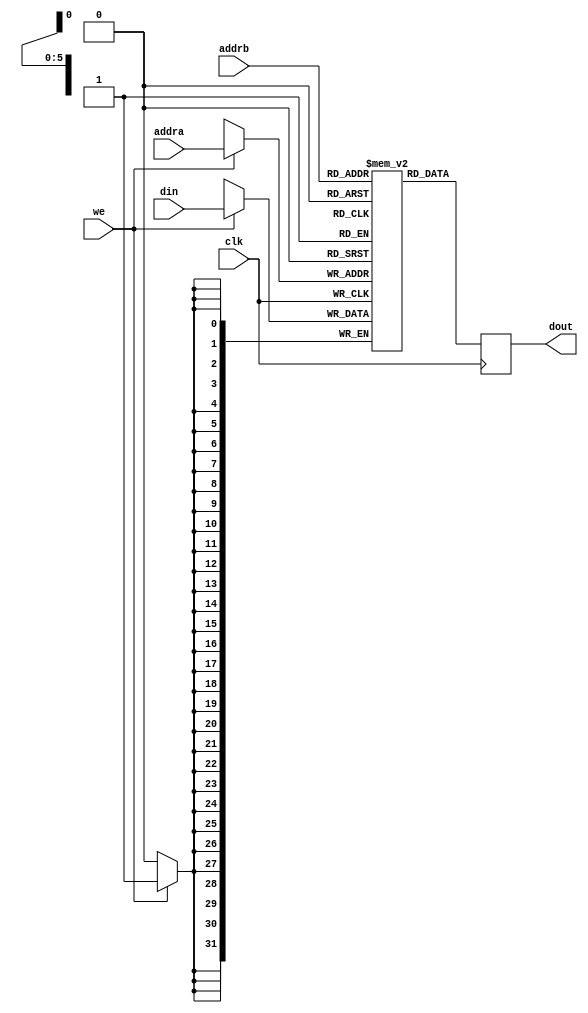
module Uart_Bram #(
    parameter DATA_WIDTH=32,
              MEM_DEPTH=64
)(
    input clk,
    input we,
    input [DATA_WIDTH-1:0] din,//write data in
    input [$clog2(MEM_DEPTH)-1:0] addra,//port for write
    input [$clog2(MEM_DEPTH)-1:0] addrb,//port for read
    output reg [DATA_WIDTH-1:0] dout//read out port output regitered
);
    (* ram_style = "block" *) reg [DATA_WIDTH-1:0] MEM [MEM_DEPTH-1:0];
    always @(posedge clk) begin
        if(we)begin
           MEM[addra]<=din; 
        end    
        dout<=MEM[addrb];
    end

endmodule